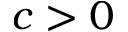
c > 0